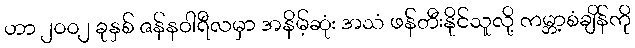
ဟာ ၂၀၀၂ ခုနှစ် ဇန်နဝါရီလမှာ အနိမ့်ဆုံး အသံ ဖန်တီးနိုင်သူလို့ ကမ္ဘာ့စံချိန်ကို